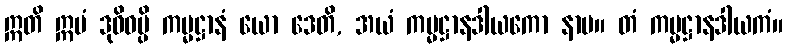
ဣတိ ဣမံ ဒုဝိဓမ္ပိ ကမ္မဋ္ဌာနံ ယော ဒေတိ, အယံ ကမ္မဋ္ဌာနဒါယကော နာမ။ တံ ကမ္မဋ္ဌာနဒါယကံ။